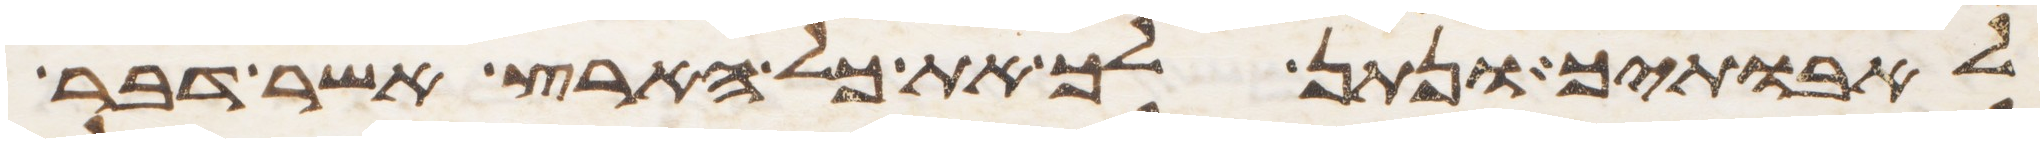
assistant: לאבתיך ונתן לך את כל הארץ אשר דבר